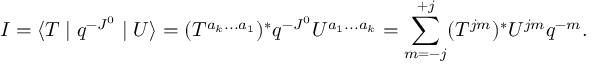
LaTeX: I = \langle T \mid q ^ { - J ^ { 0 } } \mid U \rangle = ( T ^ { a _ { k } . . . a _ { 1 } } ) ^ { \ast } q ^ { - J ^ { 0 } } U ^ { a _ { 1 } . . . a _ { k } } = \sum _ { m = - j } ^ { + j } ( T ^ { j m } ) ^ { \ast } U ^ { j m } q ^ { - m } .